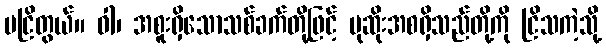
မငြိတွယ်။ ဝါ၊ အစူးရှိသောသစ်ခက်တို့ဖြင့် ပုဆိုးအစရှိသည်တို့ကို ငြိသကဲ့သို့